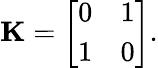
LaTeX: \mathbf{K}=\left[\begin{array}{ll}{0}&{1}\\ {1}&{0}\end{array}\right].